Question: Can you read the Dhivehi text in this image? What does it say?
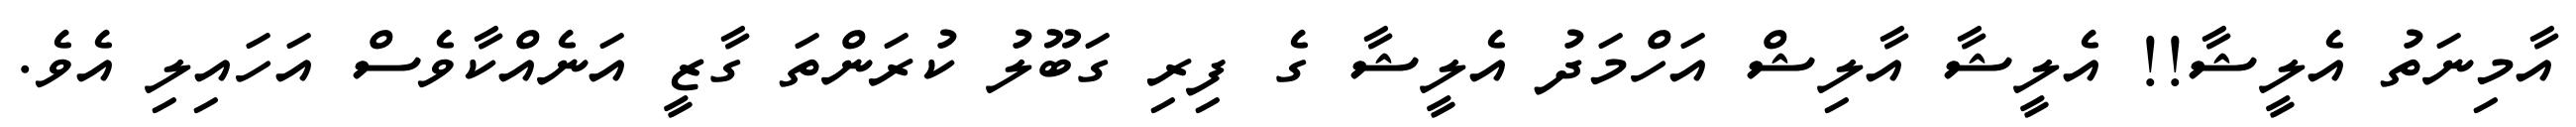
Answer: އާމިނަތު އެލީޝާ!! އެލީޝާ އާލިޝް އަހްމަދު އެލީޝާ ގެ ފިރި ގަބޫލު ކުރަންތަ ގާޒީ އަނެއްކާވެސް އަހައިލި އެވެ.